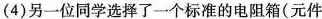
(4)另一位同学选择了一个标准的电阻箱(元件